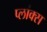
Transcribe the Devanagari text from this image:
प्लांक्स